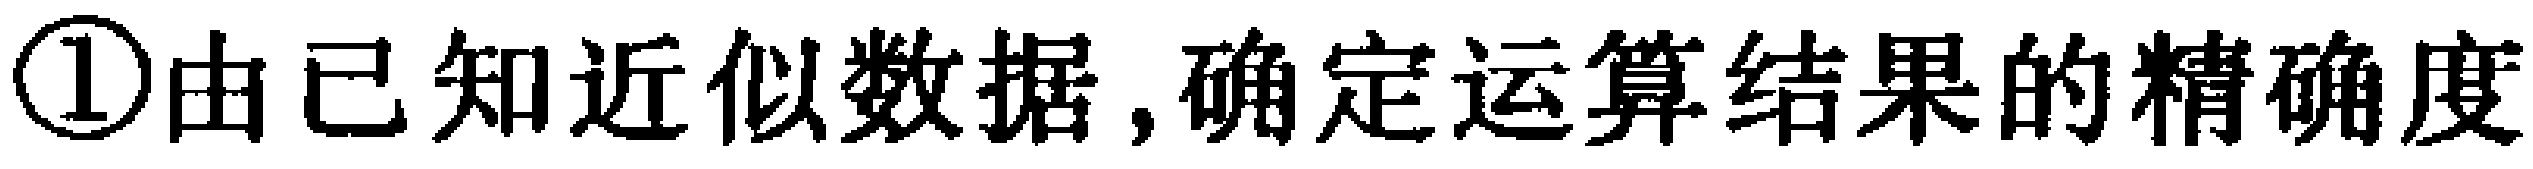
\textcircled{1}由已知近似数据,确定运算结果的精确度